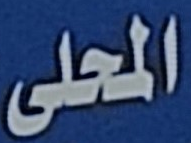
المحلى